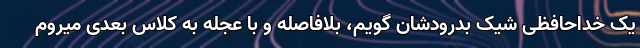
یک خداحافظی شیک بدرودشان گویم، بلافاصله و با عجله به کلاس بعدی میروم